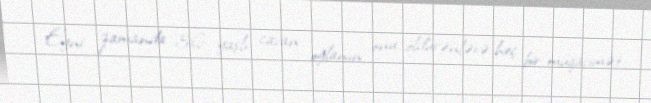
Eyni zamanda 36 yaşlı cavan oğlanın onu öldürənlərə heç bir müqavimət